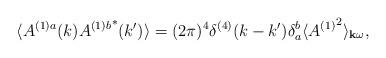
LaTeX: \begin{align*}\langle A^{(1)a}(k){A^{(1)b}}^*(k')\rangle =(2\pi)^4\delta^{(4)}(k-k')\delta_a^b\langle {A^{(1)}}^2\rangle_{{\bf k}\omega} ,\end{align*}